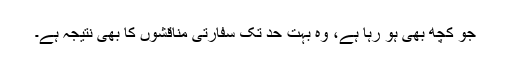
جو کچھ بھی ہو رہا ہے، وہ بہت حد تک سفارتی مناقشوں کا بھی نتیجہ ہے۔